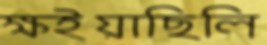
ক্ষইয়াছিলি